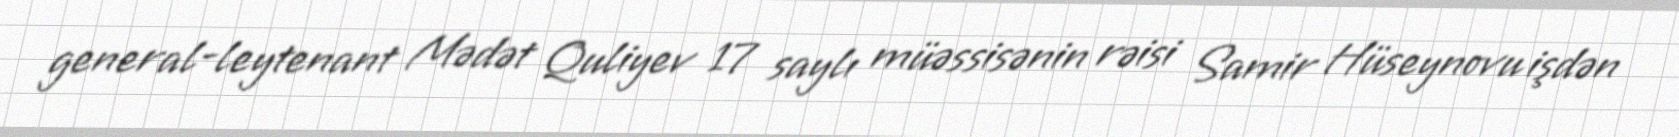
general-leytenant Mədət Quliyev 17 saylı müəssisənin rəisi Samir Hüseynovu işdən